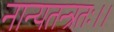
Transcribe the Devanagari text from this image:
नान्यतन्त्रतः।।